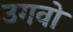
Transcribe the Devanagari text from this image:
उगवो